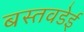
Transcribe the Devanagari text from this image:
बस्तवडेई